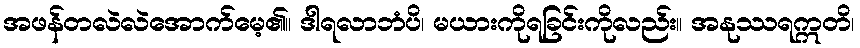
အဖန်တလဲလဲအောက်မေ့၏။ ဒါရလာဘံပိ၊ မယားကိုရခြင်းကိုလည်း။ အနုဿရဣတိ၊